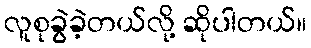
လူစုခွဲခဲ့တယ်လို့ ဆိုပါတယ်။